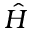
\hat { H }